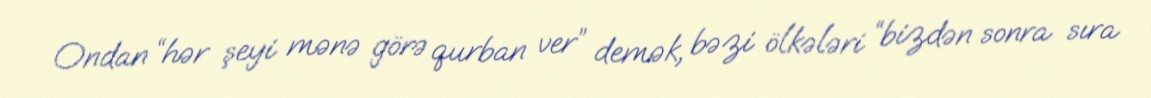
Ondan “hər şeyi mənə görə qurban ver” demək, bəzi ölkələri “bizdən sonra sıra